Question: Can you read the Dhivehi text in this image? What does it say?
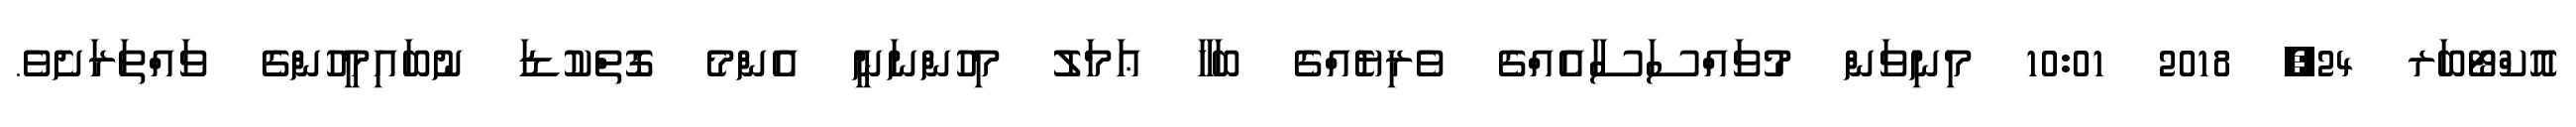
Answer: އޮކްޓޯބަރ 24, 2018 10:01 މިނިވަން މުވައްސަސާއެއްގެ ވެރިޔެއްގެ ބަހާ ޢަމަލު މިހުންނަނީ އެންމެ ގޮތްކުޑަ ނުބައިމީހުންގެ ވައްތަރަށެވެ.